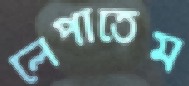
লেপাতেম